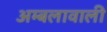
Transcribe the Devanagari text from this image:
अम्बलावाली